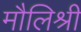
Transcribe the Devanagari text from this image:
मौलिश्री